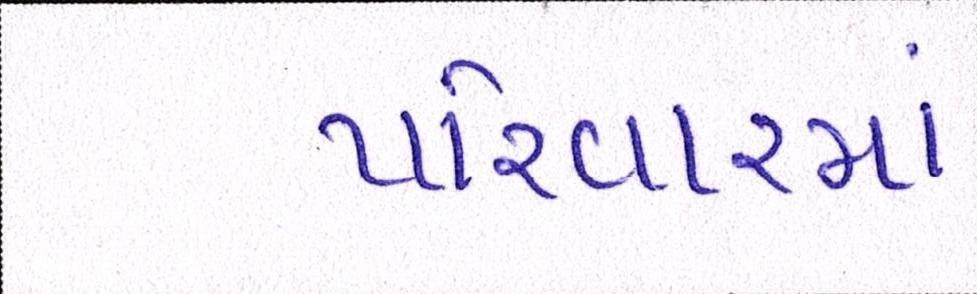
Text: પરીવારમાં